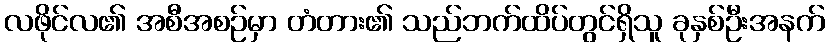
လဖိုင်လ၏ အစီအစဉ်မှာ တံတား၏ သည်ဘက်ထိပ်တွင်ရှိသူ ခုနှစ်ဦးအနက်